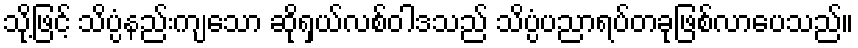
သို့ဖြင့် သိပ္ပံနည်းကျသော ဆိုရှယ်လစ်ဝါဒသည် သိပ္ပံပညာရပ်တခုဖြစ်လာပေသည်။